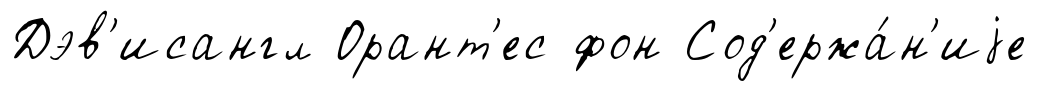
Дэв'исангл Орант'ес фон Сод'ержа́н'иjе